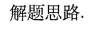
解题思路.